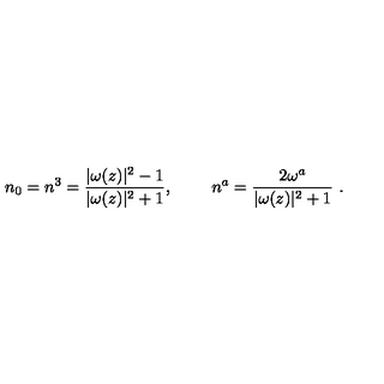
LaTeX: n _ { 0 } = n ^ { 3 } = { \frac { | \omega ( z ) | ^ { 2 } - 1 } { | \omega ( z ) | ^ { 2 } + 1 } } , \qquad \ n ^ { a } = { \frac { 2 \omega ^ { a } } { | \omega ( z ) | ^ { 2 } + 1 } } \ . \ \